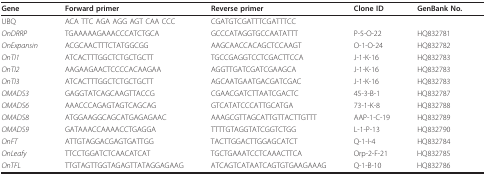
<table><thead><tr><td><b>Gene</b></td><td><b>Forward primer</b></td><td><b>Reverse primer</b></td><td><b>Clone ID</b></td><td><b>GenBank No.</b></td></tr></thead><tbody><tr><td>UBQ</td><td>ACA TTC AGA AGG AGT CAA CCC</td><td>CGATGTCGATTTCGATTTCC</td><td></td><td></td></tr><tr><td><i>OnDRRP</i></td><td>TGAAAAAGAAACCCATCTGCA</td><td>GCCCATAGGTGCCAATATTT</td><td>P-5-O-22</td><td>HQ832781</td></tr><tr><td><i>OnExpansin</i></td><td>ACGCAACTTTCTATGGCGG</td><td>AAGCAACCACAGCTCCAAGT</td><td>O-1-O-24</td><td>HQ832782</td></tr><tr><td><i>OnTI1</i></td><td>ATCACTTTGGCTCTGCTGCTT</td><td>TGCCGAGGTCCTCGACTTCCA</td><td>J-1-K-16</td><td>HQ832783</td></tr><tr><td><i>OnTI2</i></td><td>AAGAAGAACTCCCCACAAGAA</td><td>AGGTTGATCGATCGAAGCA</td><td>J-1-K-16</td><td>HQ832783</td></tr><tr><td><i>OnTI3</i></td><td>ATCACTTTGGCTCTGCTGCTT</td><td>AGCAATGAATGACGATCGAC</td><td>J-1-K-16</td><td>HQ832783</td></tr><tr><td><i>OMADS3</i></td><td>GAGGTATCAGCAAGTTACCG</td><td>CGAACGATCTTAATCGACTC</td><td>45-3-B-1</td><td>HQ832787</td></tr><tr><td><i>OMADS6</i></td><td>AAACCCAGAGTAGTCAGCAG</td><td>GTCATATCCCATTGCATGA</td><td>73-1-K-8</td><td>HQ832788</td></tr><tr><td><i>OMADS8</i></td><td>ATGGAAGGCAGCATGAGAGAAC</td><td>AAAGCGTTAGCATTGTTACTTGTTT</td><td>AAP-1-C-19</td><td>HQ832789</td></tr><tr><td><i>OMADS9</i></td><td>GATAAACCAAAACCTGAGGA</td><td>TTTTGTAGGTATCGGTCTGG</td><td>L-1-P-13</td><td>HQ832790</td></tr><tr><td><i>OnFT</i></td><td>ATTGTAGGACGAGTGATTGG</td><td>TACTTGGACTTGGAGCATCT</td><td>Q-1-I-4</td><td>HQ832784</td></tr><tr><td><i>OnLeafy</i></td><td>TTCCTGGATCTCAACATCAT</td><td>TGCTGAAATCCTCAAACTTCA</td><td>Orp-2-F-21</td><td>HQ832785</td></tr><tr><td><i>OnTFL</i></td><td>TTGTAGTTGGTAGAGTTATAGGAGAAG</td><td>ATCAGTCATAATCAGTGTGAAGAAAG</td><td>Q-1-B-10</td><td>HQ832786</td></tr></tbody></table>